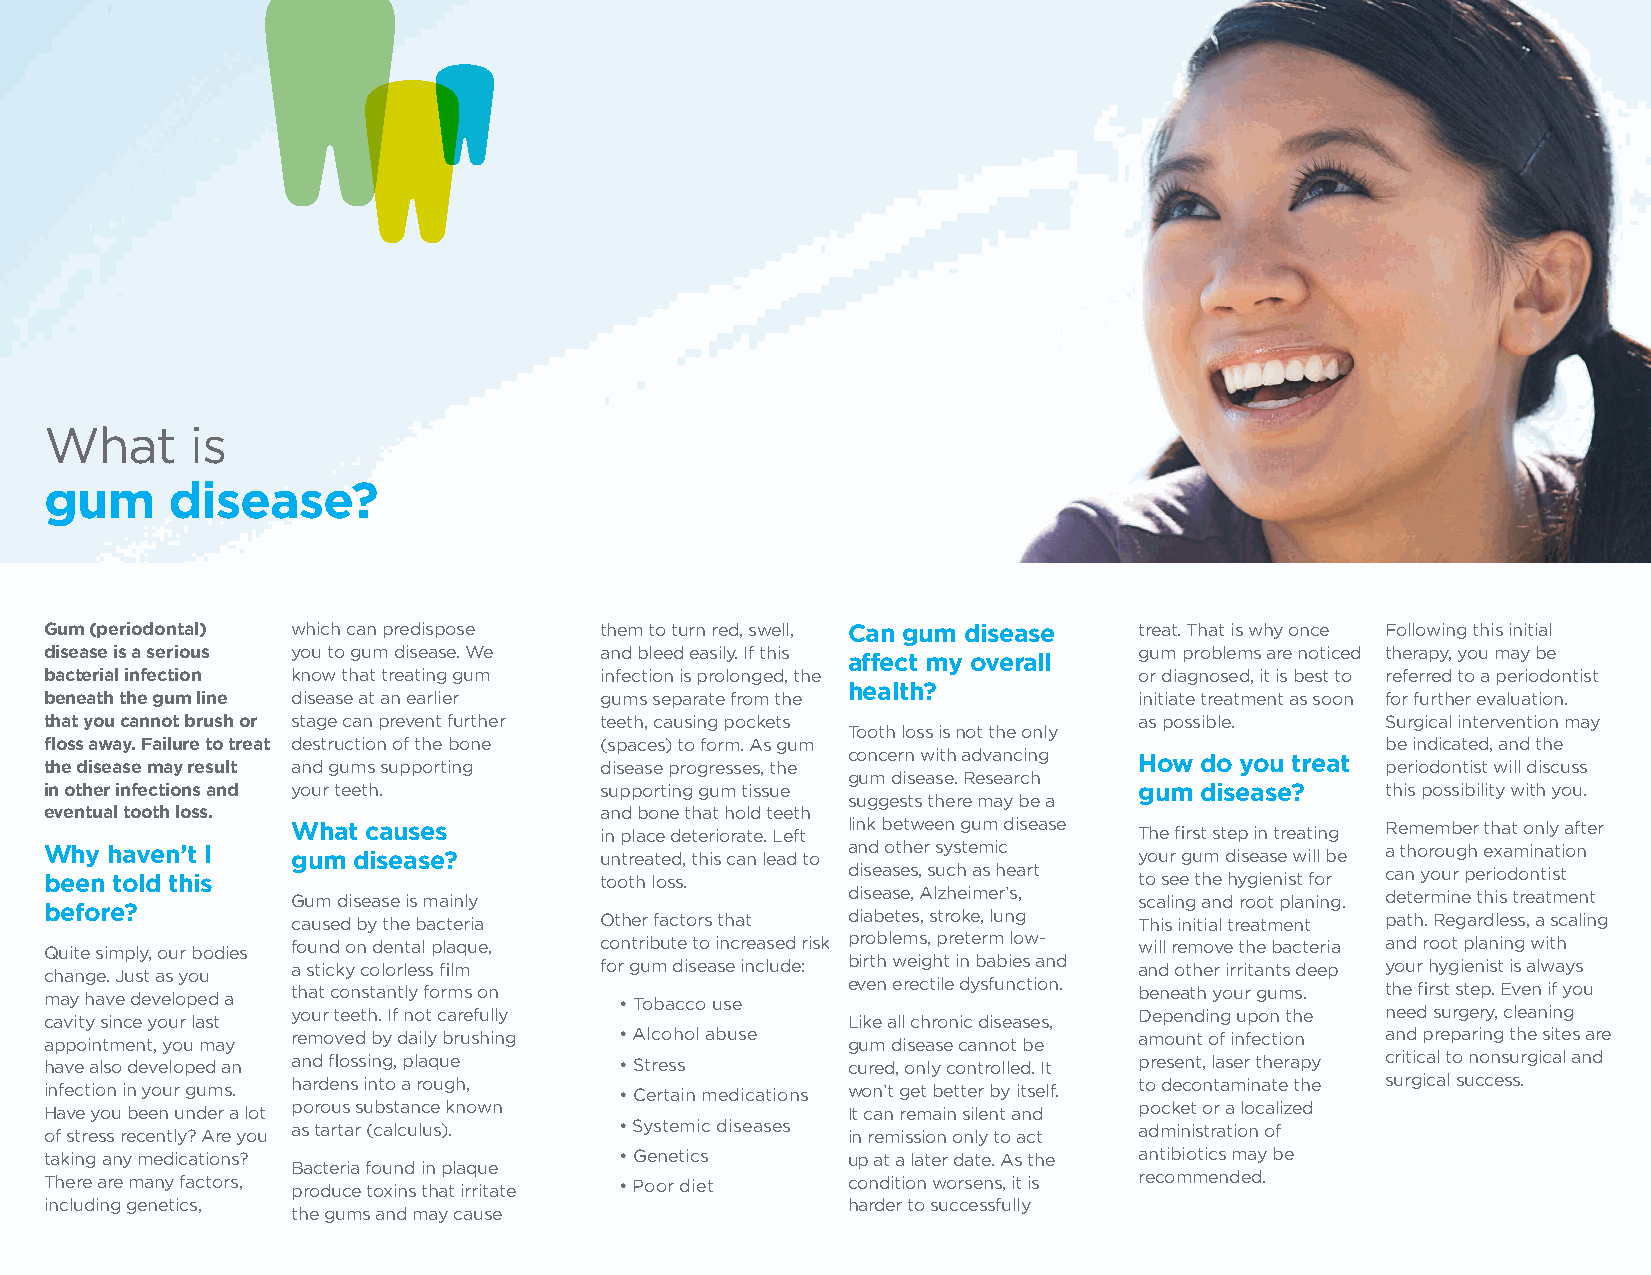
What      is
 gum     disease?
 Gum (periodontal) which can predispose them to turn red, swell, Can gum disease treat. That is why once Following this initial
 disease is a serious you to gum disease. We and bleed easily. If this   gum problems are noticed therapy, you may be
 affect my overall
 bacterial infection know that treating gum infection is prolonged, the  or diagnosed, it is best to referred to a periodontist
 health?
 beneath the gum line disease at an earlier gums separate from the       initiate treatment as soon for further evaluation.
 that you cannot brush or stage can prevent further teeth, causing pockets as possible.   Surgical intervention may
 Tooth loss is not the only
 floss away. Failure to treat destruction of the bone (spaces) to form. As gum            be indicated, and the
 concern with advancing
 the disease may result and gums supporting disease progresses, the      How do you treat periodontist will discuss
 gum disease. Research
 in other infections and your teeth.  supporting gum tissue              gum disease?     this possibility with you.
 suggests there may be a
 eventual tooth loss.                 and bone that hold teeth
 What causes          in place deteriorate. Left link between gum disease The first step in treating Remember that only after
 Why haven’t I   gum disease?         untreated, this can lead to and other systemic your gum disease will be a thorough examination
 been told this                       tooth loss.     diseases, such as heart to see the hygienist for can your periodontist
 Gum disease is mainly                disease, Alzheimer’s, scaling and root planing. determine this treatment
 before?         caused by the bacteria Other factors that diabetes, stroke, lung This initial treatment path. Regardless, a scaling
 Quite simply, our bodies found on dental plaque, contribute to increased risk problems, preterm low- will remove the bacteria and root planing with
 change. Just as you a sticky colorless film for gum disease include: birth weight in babies and and other irritants deep your hygienist is always
 may have developed a that constantly forms on • Tobacco use even erectile dysfunction. beneath your gums. the first step. Even if you
 cavity since your last your teeth. If not carefully  Like all chronic diseases, Depending upon the need surgery, cleaning
 appointment, you may removed by daily brushing • Alcohol abuse gum disease cannot be amount of infection and preparing the sites are
 have also developed an and flossing, plaque • Stress cured, only controlled. It present, laser therapy critical to nonsurgical and
 infection in your gums. hardens into a rough, • Certain medications won’t get better by itself. to decontaminate the surgical success.
 Have you been under a lot porous substance known     It can remain silent and pocket or a localized
 of stress recently? Are you as tartar (calculus). • Systemic diseases in remission only to act administration of
 taking any medications?               • Genetics     up at a later date. As the antibiotics may be
 Bacteria found in plaque
 There are many factors, produce toxins that irritate • Poor diet condition worsens, it is recommended.
 including genetics,                                  harder to successfully
 the gums and may cause